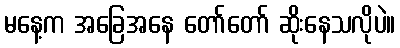
မနေ့က အခြေအနေ တော်တော် ဆိုးနေသလိုပဲ။